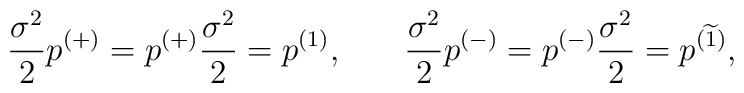
\frac{\sigma ^2}2p^{(+)}=p^{(+)}\frac{\sigma ^2}2=p^{(1)} ,\hspace{0.3in}\frac{ \sigma ^2}2p^{(-)}=p^{(-)}\frac{\sigma^2}2=p^{(\widetilde{1})} ,